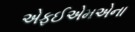
એફઈએમએના